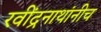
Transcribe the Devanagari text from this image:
रवींद्रनाथांनीच